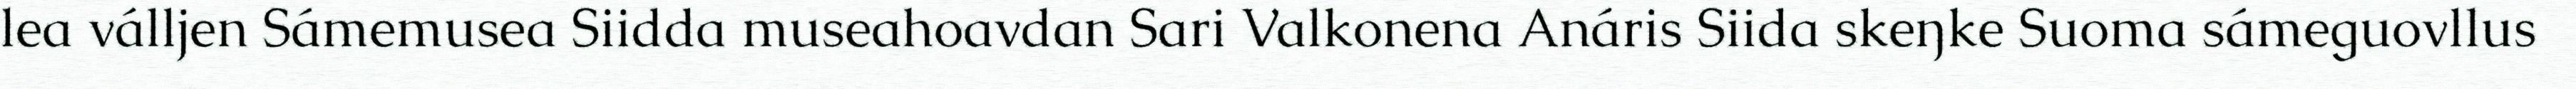
lea válljen Sámemusea Siidda museahoavdan Sari Valkonena Anáris Siida skeŋke Suoma sámeguovllus